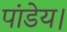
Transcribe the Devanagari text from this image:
पांडेय।